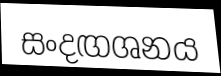
සංදඟශනය